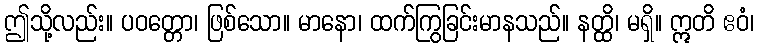
ဤသို့လည်း။ ပဝတ္တော၊ ဖြစ်သော။ မာနော၊ ထက်ကြွခြင်းမာနသည်။ နတ္ထိ၊ မရှိ။ ဣတိ ဧဝံ၊